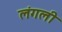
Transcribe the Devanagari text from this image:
लंगली